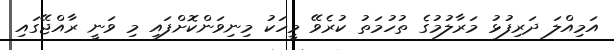
އަމިއްލަ ދަރިފުޅު މަރާލުމުގެ ތުހުމަތު ކުރެވޭ މީހަކު މިނިވަންކޮށްފައި މި ވަނީ ރާއްޖޭގައި